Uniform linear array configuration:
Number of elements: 12
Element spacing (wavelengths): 0.25
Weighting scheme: exponential
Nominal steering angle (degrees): -60
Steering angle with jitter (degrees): -59.812
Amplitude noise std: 0.05
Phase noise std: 0.05

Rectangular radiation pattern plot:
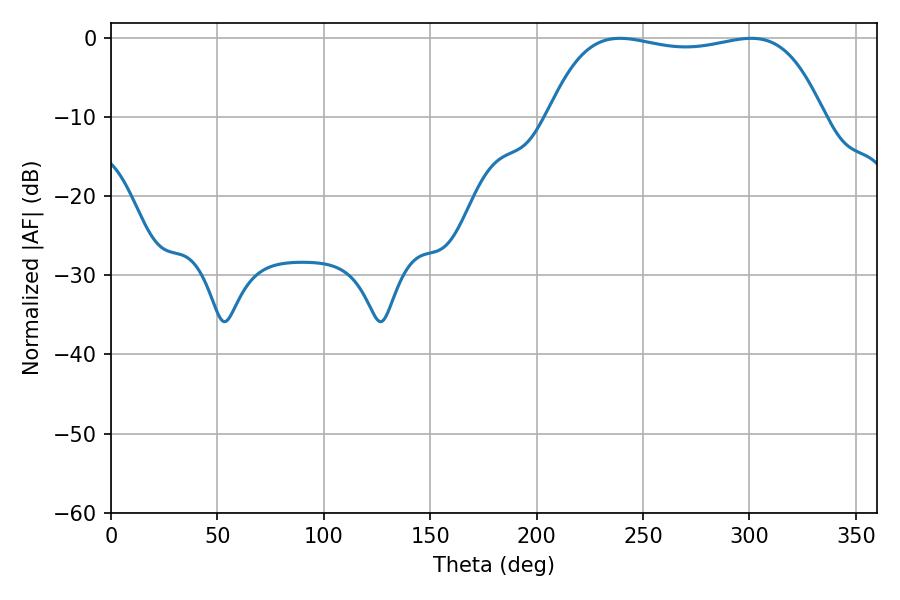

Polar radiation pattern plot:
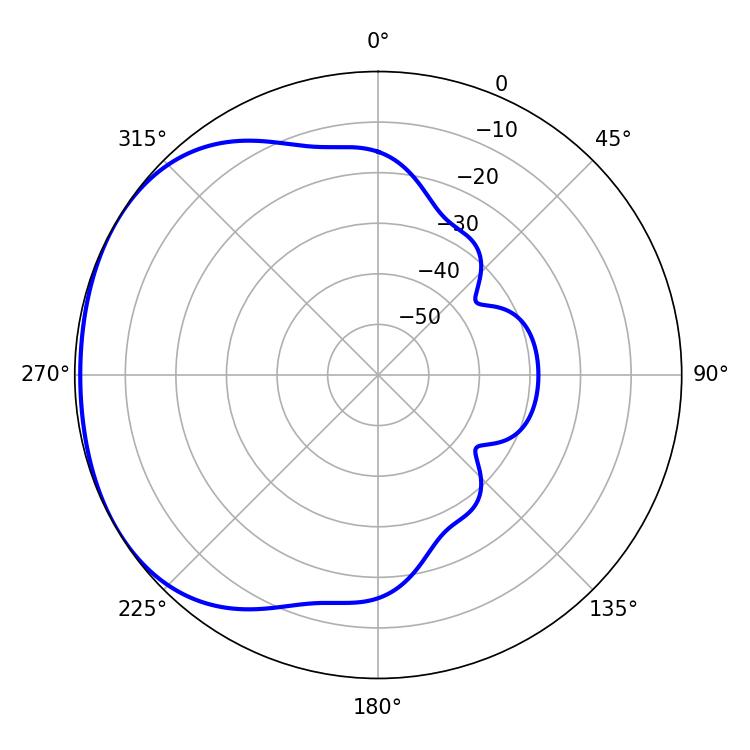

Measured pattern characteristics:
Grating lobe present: FALSE
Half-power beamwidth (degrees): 103.32
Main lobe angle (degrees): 239.22